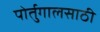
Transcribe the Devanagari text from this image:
पोर्तुगालसाठी